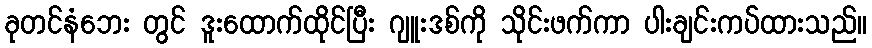
ခုတင်နံဘေး တွင် ဒူးထောက်ထိုင်ပြီး ဂျူးဒစ်ကို သိုင်းဖက်ကာ ပါးချင်းကပ်ထားသည်။